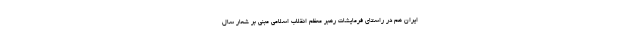
ایران هم در راستای فرمایشات رهبر معظم انقلاب اسلامی مبنی بر شعار سال